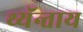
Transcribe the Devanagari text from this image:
थ्यॅन्ताय